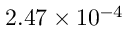
2 . 4 7 \times 1 0 ^ { - 4 }